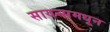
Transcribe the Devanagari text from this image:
सायन्समधून